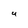
Character: 4